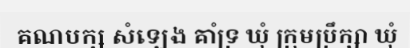
គណបក្ស សំឡេង គាំទ្រ ឃុំ ក្រុមប្រឹក្សា ឃុំ